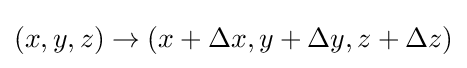
(x,y,z)\to (x+\Delta x,y+\Delta y,z+\Delta z)